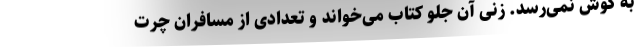
به گوش نمی‌رسد. زنی آن جلو کتاب می‌خواند و تعدادی از مسافران چرت